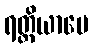
ရတ္တိယာပေ